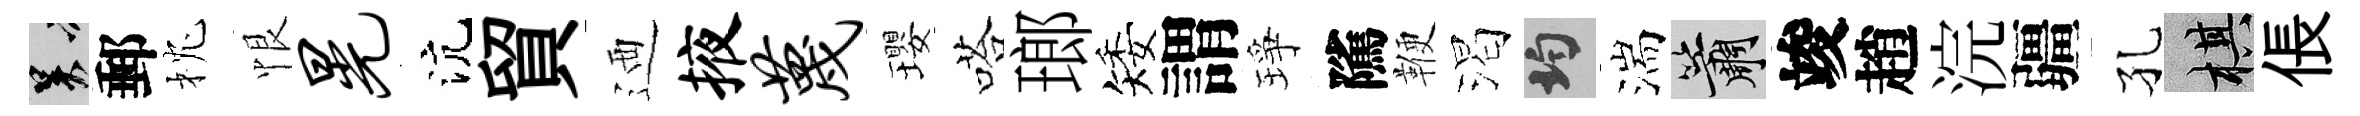
吴郵枕恨晃沆貿迺掖蔑瓔嗒瑯矮謂琤隲鞭渴均湍簫竣趙浣疆孔棋倀